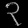
Digit: ၃